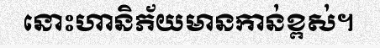
នោះហានិភ័យមានកាន់ខ្ពស់។